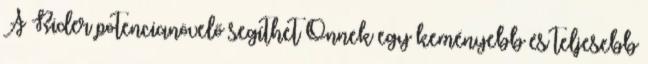
A Rider potencianövelő segíthet Önnek egy keményebb és teljesebb